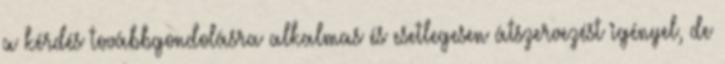
a kérdés továbbgondolásra alkalmas és esetlegesen átszervezést igényel, de